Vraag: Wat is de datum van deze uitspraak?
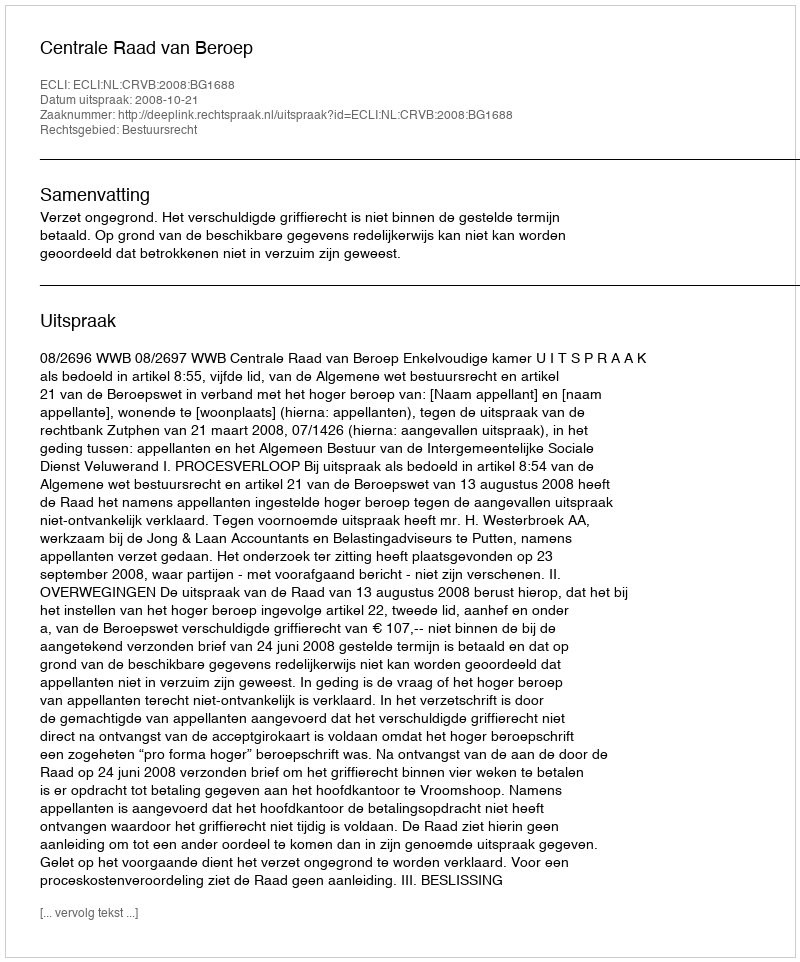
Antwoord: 2008-10-21